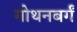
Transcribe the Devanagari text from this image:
गोथनबर्गं